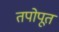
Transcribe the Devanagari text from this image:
तपोपूत